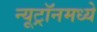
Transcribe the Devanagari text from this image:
न्यूट्रॉनमध्ये